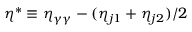
{ \eta ^ { * } \equiv \eta _ { \gamma \gamma } - ( \eta _ { j 1 } + \eta _ { j 2 } ) / 2 }